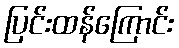
ပြင်းထန်ကြောင်း